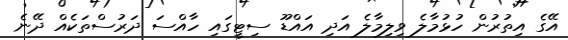
އޭގެ އިތުރުން ހުޅުމާލެ ވިލިމާލެ އަދި އައްޑޫ ސިޓީގައި ހާއްސަ ދަރުސްތަކެއް ދޭނެ